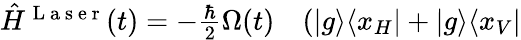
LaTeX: \begin{array}{rl}{\hat{H}^{\mathrm{~L~a~s~e~r~}}(t)=-\frac{\hbar}{2}\Omega(t)}&{{}(\vert g\rangle\langle x_{H}\vert+\vert g\rangle\langle x_{V}\vert}\end{array}